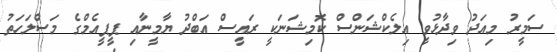
ސަމީރު މިއަދު ވިދާޅުވީ އިލެކްޝަންސް ކޮމިޝަނަކީ ރައީސް އަބްދު ޔާމީނާއި ޕީޕީއެމްގެ މަސްލަހަތު